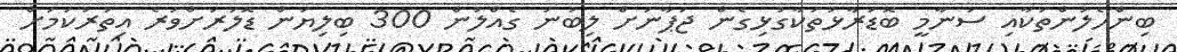
ބިންހެލުންތަކާއި ސުނާމީ ބޮޑުރާޅުތަކާގުޅިގެން ޖަޕާނަށް ލިބުނު ގެއްލުން 300 ބިލިޔަން ޑޮލަރަށްވުރެ އިތުރުކަމަށް